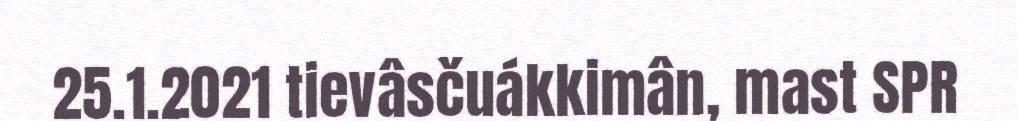
25.1.2021 tievâsčuákkimân, mast SPR